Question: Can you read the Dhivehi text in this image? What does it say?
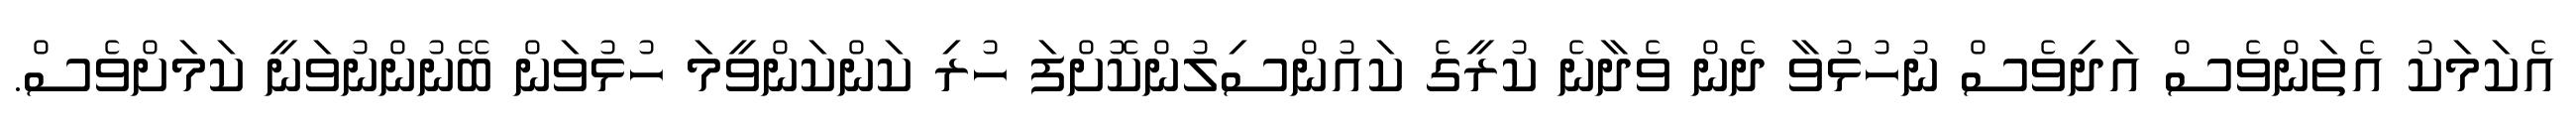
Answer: އެކަމަކު އެތަންވެސް އަދިވެސް ނުހުޅުވާ ދެން ވެދާނެ ކުރީގެ ކައުންސިލުންކޮށްފަ ހުރި ކަންކަންވީމަ ހުޅުވަން ބޭނުންނުވަނީ ކަމަށްވެސް.